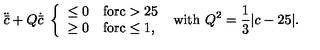
\ddot { \bar { c } } + Q \dot { \bar { c } } \ \left\{ \begin{array} { l l } { \le 0 } & { \mathrm { f o r c > 2 5 } } \\ { \ge 0 } & { \mathrm { f o r c \le 1 } , } \\ \end{array} \right. \ \mathrm { w i t h } \ Q ^ { 2 } = { \frac { 1 } { 3 } } \vert c - 2 5 \vert .